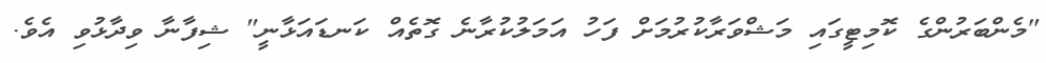
"މެންބަރުންގެ ކޮމިޓީގައި މަޝްވަރާކުރުމަށް ފަހު އަމަލުކުރާނެ ގޮތެއް ކަނޑައަޅާނީ" ޝިފާނާ ވިދާޅުވި އެވެ.